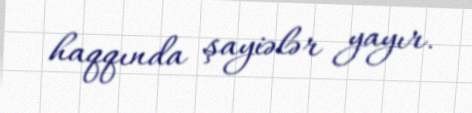
haqqında şayiələr yayır.